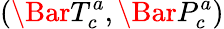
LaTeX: \left(\Bar{T}_{c}^{a},\Bar{P}_{c}^{a}\right)